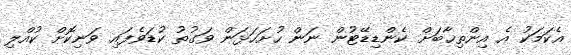
އެކަމަކު އެ އިންތިޚާބަށް ކެންޑިޑޭޓުން ނަން ހުށަހަޅަން ވަގުތު ކުޑަވެފައި ވަނިކޮށް ކުއްލި